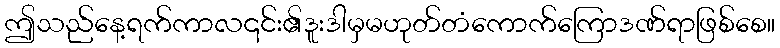
ဤသည်နေ့ရက်ကာလ၎င်း၏ဒူးဒါမှမဟုတ်တံကောက်ကြောဒဏ်ရာဖြစ်စေ။